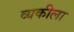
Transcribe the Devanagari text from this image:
व्यकीला